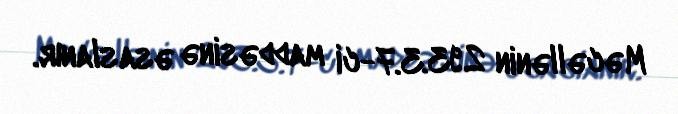
Məcəllənin 293.3.7-ci maddəsinə əsaslanır.